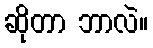
ဆိုတာ ဘာလဲ။